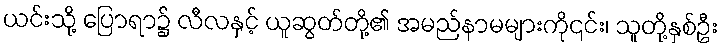
ယင်းသို့ ပြောရာ၌ လီလနှင့် ယူဆွတ်တို့၏ အမည်နာမများကို၎င်း၊ သူတို့နှစ်ဦး